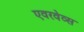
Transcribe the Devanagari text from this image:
एवरवेव्स